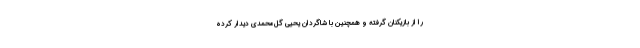
را از بازیکنان گرفته و همچنین با شاگردان یحیی گل‌محمدی دیدار کرده